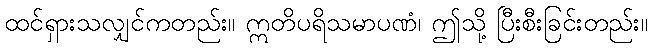
ထင်ရှားသလျှင်ကတည်း။ ဣတိပရိသမာပဏံ၊ ဤသို့ ပြီးစီးခြင်းတည်း။